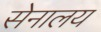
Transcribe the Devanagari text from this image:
सेनालय